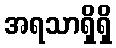
အရသာရှိရှိ